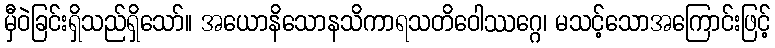
မှီဝဲခြင်းရှိသည်ရှိသော်။ အယောနိသောနသိကာရသတိဝေါဿဂ္ဂေ၊ မသင့်သောအကြောင်းဖြင့်